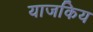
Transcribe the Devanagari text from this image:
याजकिय